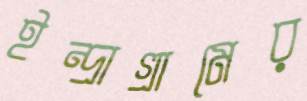
ইন্দ্রাগ্রামের